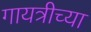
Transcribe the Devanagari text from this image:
गायत्रीच्या